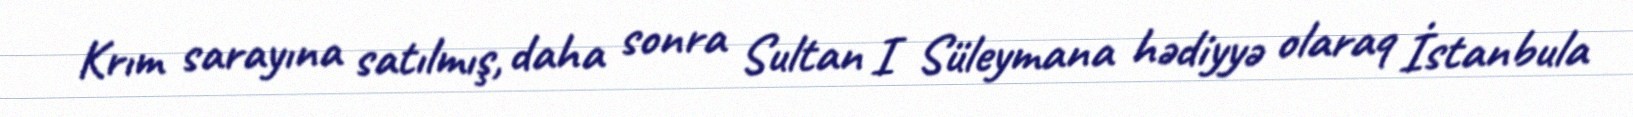
Krım sarayına satılmış, daha sonra Sultan I Süleymana hədiyyə olaraq İstanbula